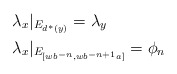
\begin{align*}&\lambda_x|_{E_{d^*(y)}} = \lambda_y \\&\lambda_x|_{E_{[wb^{-n}, wb^{-n+1}a]}} = \phi_n \end{align*}